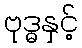
ဗုဒ္ဓနှင့်